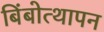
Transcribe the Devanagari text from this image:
बिंबोत्थापन